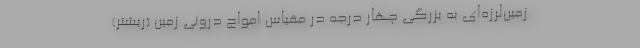
زمین‌لرزه‌ای به بزرگی چهار درجه در مقیاس امواج درونی زمین (ریشتر)